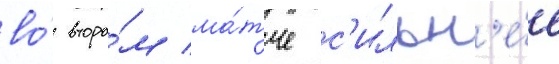
во́ второ́м ма́тче с'ильн'е́е